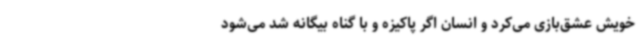
خویش عشق‌بازی می‌کرد و انسان اگر پاکیزه و با گناه بیگانه شد می‌شود